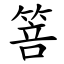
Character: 箁